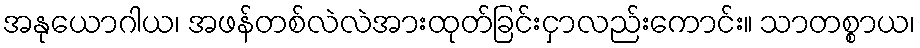
အနုယောဂါယ၊ အဖန်တစ်လဲလဲအားထုတ်ခြင်းငှာလည်းကောင်း။ သာတစ္စာယ၊